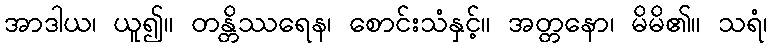
အာဒါယ၊ ယူ၍။ တန္တိဿရေန၊ စောင်းသံနှင့်။ အတ္တနော၊ မိမိ၏။ သရံ၊